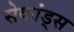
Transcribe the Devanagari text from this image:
सेकांड्स